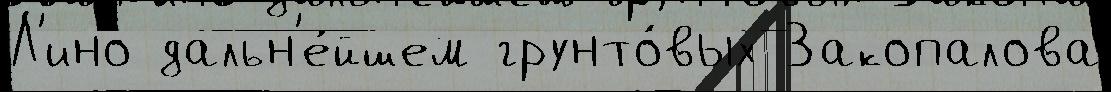
Л'ино дальн'е́йшем грунто́вых Закопалова